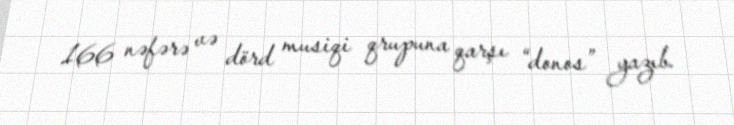
166 nəfərə və dörd musiqi qrupuna qarşı “donos” yazıb.